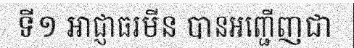
ទី១ អាជ្ញាធរមីន បានអញ្ជើញជា